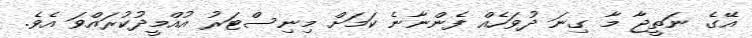
އޭގެ ނަތީޖާ މާ ގިނަ ދުވަހެއް ފެންނާނެ ކަމަށް މިނިސްޓަރު އުއްމީދުކުރައްވަ އެވެ.